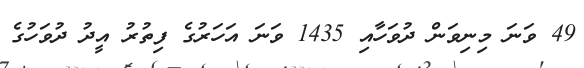
49 ވަނަ މިނިވަން ދުވަހާއި 1435 ވަނަ އަހަރުގެ ފިތުރު އީދު ދުވަހުގެ